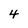
Character: 4